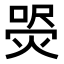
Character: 𤋚